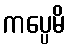
ကပ္ပေမိ